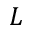
L